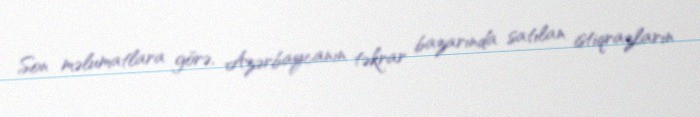
Son məlumatlara görə, Azərbaycanın təkrar bazarında satılan istiqrazların